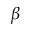
\beta